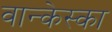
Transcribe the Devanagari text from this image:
वान्केस्का